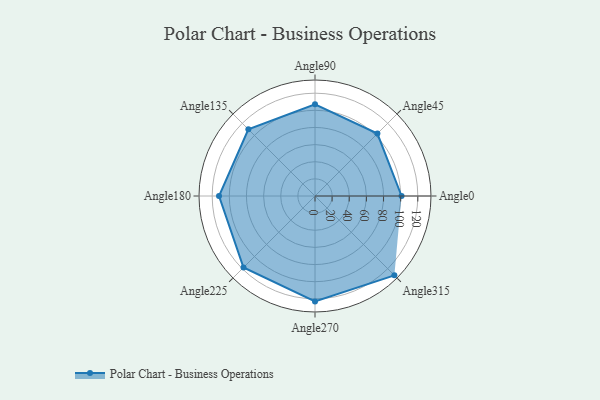
{"axis": {"x": "Angle", "y": "Radius"}, "legend": [""], "data": [{"x": "Angle0", "y": 101.0, "type": ""}, {"x": "Angle45", "y": 103.0, "type": ""}, {"x": "Angle90", "y": 107.0, "type": ""}, {"x": "Angle135", "y": 110.0, "type": ""}, {"x": "Angle180", "y": 112.0, "type": ""}, {"x": "Angle225", "y": 118.0, "type": ""}, {"x": "Angle270", "y": 123.0, "type": ""}, {"x": "Angle315", "y": 131.0, "type": ""}]}